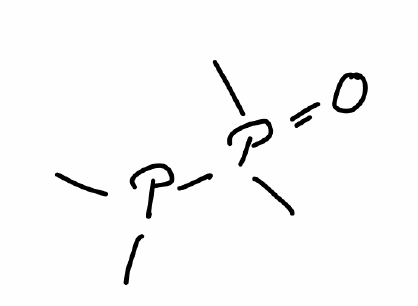
Simplified molecular-input line-entry system (SMILES) notation of the given molecule:
CP(C)P(=O)(C)C